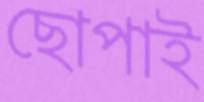
ছোপাই